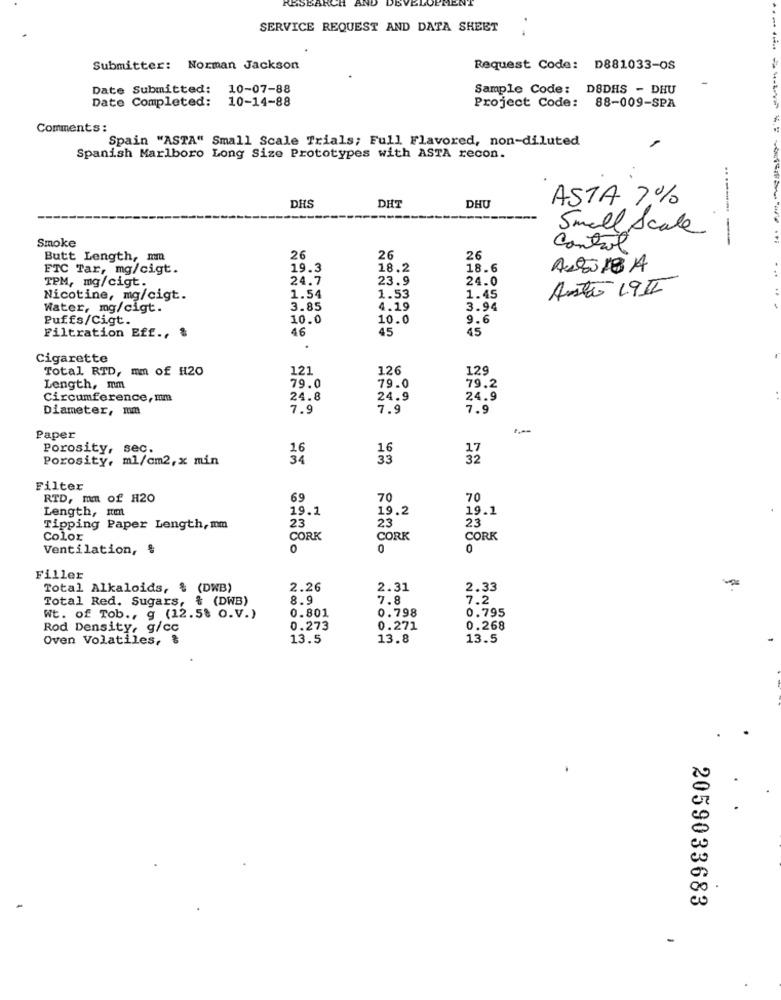
RESEE
SERVICE REQUEST AND DATA SHEET
..
Submitter: Norman Jackson
Request Code: D881033-OS
Date Submitted: 10-07-88
Sample Code: DSDHS - DHU
Date Completed:
10-14-88
Project Code: 88-009-SPA
Comments:
Spain "ASTA" Small Scale Trials; Full Flavored, non-diluted
Spanish Marlboro Long Size Prototypes with ASTA recon.
DHS
ASTA 7%
DHT
DHU
Smoke
Small Scale
-----
Control
Butt Length, mm
26
26
26
FTC Tar, mg/cigt.
19.3
18.2
18.6
AutilBA
TPM, mg/cigt.
24.7
23.9
24.0
Antão 19II
Nicotine, mg/cigt.
1.54
1.53
1.45
Water, mg/cigt.
3.85
4.19
3.94
Puffs/Cigt.
10.0
10.0
9.6
46
45
45
Filtration Eff ., &
Cigarette
Total RTD, mm of H20
121
126
129
79.0
79.0
Length, mm
79.2
Circumference, mm
24.8
24.9
24.9
Diameter, mm
7.9
7.9
7.9
Paper
Porosity, sec.
16
Porosity, ml/cm2,x min
34
32
Filter
RTD, mm of H20
69
70
70
Length, num
19.1
19.2
19.1
23
23
23
Tipping Paper Length, mm
Color
CORK
CORK
CORK
Ventilation, §
0
0
0
Filler
Total Alkaloids, & (DWB)
2.26
2.31
2.33
-
Total Red. Sugars, & (DWB)
8.9
7.8
7.2
0.801
0.798
0.795
Wt. of Tob ., g (12.58 O.V.)
Rod Density, g/cc
0.273
0.271
0.268
Oven Volatiles, %
13.5
13.8
13.5
2059033683